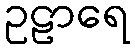
ဥဠာရေ